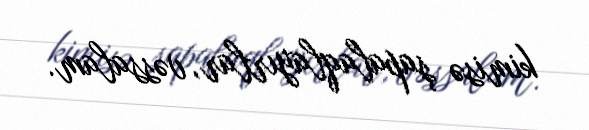
kimisə şapalaqlayırlar, vəssalam.